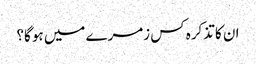
ان کا تذکرہ کس زمرے میں ہو گا؟